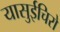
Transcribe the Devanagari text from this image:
यासुईचिरो